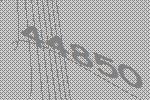
44850